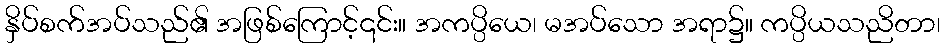
နှိပ်စက်အပ်သည်၏ အဖြစ်ကြောင့်၎င်း။ အကပ္ပိယေ၊ မအပ်သော အရာ၌။ ကပ္ပိယသညိတာ၊